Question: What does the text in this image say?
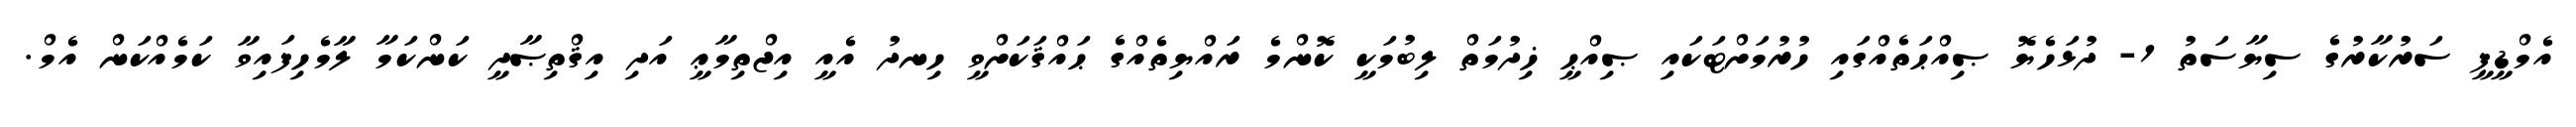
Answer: އެމްޑީޕީ ސަރުކާރުގެ ސިޔާސަތު 1- ދުޅަހެޔޮ ޞިއްޙަތެއްގައި ހުރުމަށްޓަކައި ޞިއްޙީ ޚިދުމަތް ލިބުމަކީ ކޮންމެ ރައްޔިތެއްގެ ޙައްޤަކަށްވީ ހިނދު އެއީ އިޖްތިމާޢީ އަދި އިޤްތިޞާދީ ކަންކަމާ ލާމެހިފައިވާ ކަމެއްކަން އެމް.